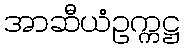
အာဆီယံဥက္ကဋ္ဌ